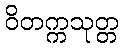
ဝိတက္ကသုတ္တ